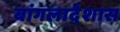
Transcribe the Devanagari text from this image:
बांगलादेशास